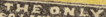
THE ONLY